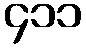
၄၁၁